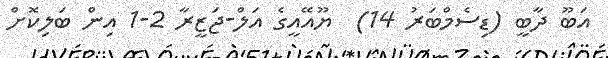
އަބޫ ދާބީ (ޑިސެމްބަރު 14)  ޔޫއޭއީގެ އަލް-ޖަޒީރާ 2-1 އިން ބަލިކޮށް